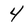
Character: 4